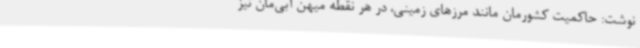
نوشت: حاکمیت کشورمان مانند مرزهای زمینی، در هر نقطه میهن آبی‌مان نیز